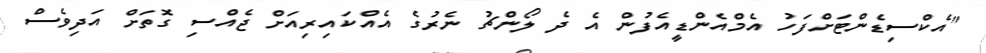
"އެކްސިޑެންޓަށްފަހު އެމްއެންޑީއެފުން އެ ދެ ލޯންޗު ނެރުގެ އެއްކައިރިއަށް ޖެއްސި ގޮތަށް އަދިވެސް